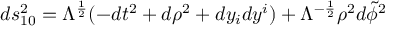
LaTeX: d s _ { 1 0 } ^ { 2 } = \Lambda ^ { \frac { 1 } { 2 } } ( - d t ^ { 2 } + d \rho ^ { 2 } + d y _ { i } d y ^ { i } ) + \Lambda ^ { - \frac { 1 } { 2 } } \rho ^ { 2 } d \widetilde { \phi } ^ { 2 }